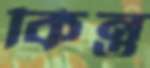
কিন্ত